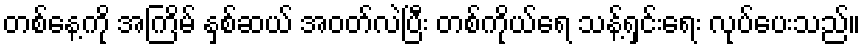
တစ်နေ့ကို အကြိမ် နှစ်ဆယ် အဝတ်လဲပြီး တစ်ကိုယ်ရေ သန့်ရှင်းရေး လုပ်ပေးသည်။